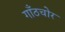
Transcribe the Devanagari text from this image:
गाँठचोर